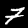
Label: 7